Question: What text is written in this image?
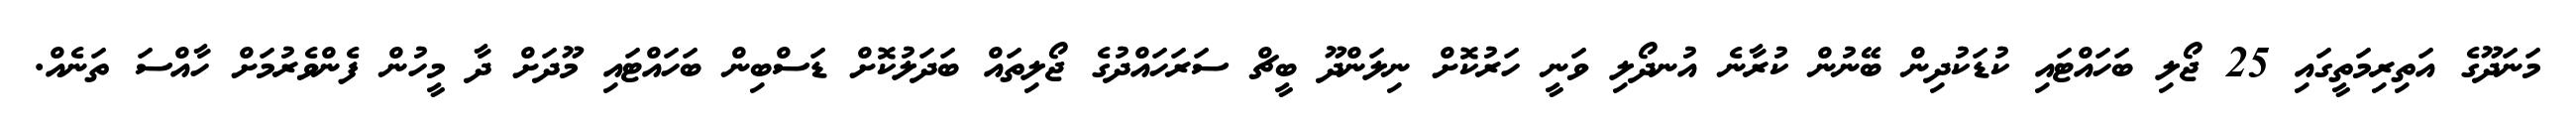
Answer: މަނަދޫގެ އަތިރިމަތީގައި 25 ޖޯލި ބަހައްޓައި ކުޑަކުދިން ބޭނުން ކުރާނެ އުނދޯލި ވަނީ ހަރުކޮށް ނިލަންދޫ ބީޗް ސަރަހައްދުގެ ޖޯލިތައް ބަދަލުކޮށް ޑަސްބިން ބަހައްޓައި މޫދަށް ދާ މީހުން ފެންވެރުމަށް ހާއްސަ ތަނެއް.